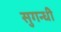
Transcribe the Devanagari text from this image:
सुगन्धी